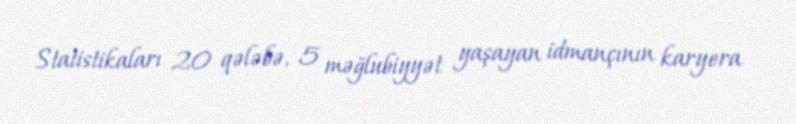
Statistikaları 20 qələbə, 5 məğlubiyyət yaşayan idmançının karyera